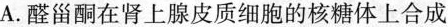
A.醛甾酮在肾上腺皮质细胞的核糖体上合成